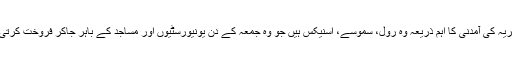
صابریہ کی آمدنی کا اہم ذریعہ وہ رول، سموسے، اسنیکس ہیں جو وہ جمعہ کے دن یونیورسٹیوں اور مساجد کے باہر جاکر فروخت کرتی ہیں۔